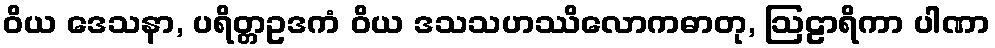
ဝိယ ဒေသနာ, ပရိတ္တဥဒကံ ဝိယ ဒသသဟဿိလောကဓာတု, ဩဠာရိကာ ပါဏာ